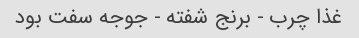
غذا چرب - برنج شفته - جوجه سفت بود